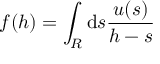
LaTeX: f ( h ) = \int _ { R } \mathrm { d } s \frac { u ( s ) } { h - s }